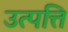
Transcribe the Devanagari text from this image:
उत्पत्ति